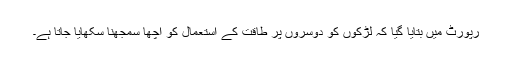
رپورٹ میں بتایا گیا کہ لڑکوں کو دوسروں پر طاقت کے استعمال کو اچھا سمجھنا سکھایا جاتا ہے۔